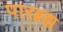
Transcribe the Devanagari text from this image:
पारब्रह्म